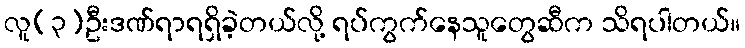
လူ(၃)ဦးဒဏ်ရာရရှိခဲ့တယ်လို့ ရပ်ကွက်နေသူတွေဆီက သိရပါတယ်။